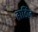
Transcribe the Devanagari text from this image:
हार्डिज़